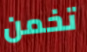
تخمن